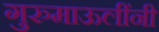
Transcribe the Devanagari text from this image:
गुरुमाऊलींनी